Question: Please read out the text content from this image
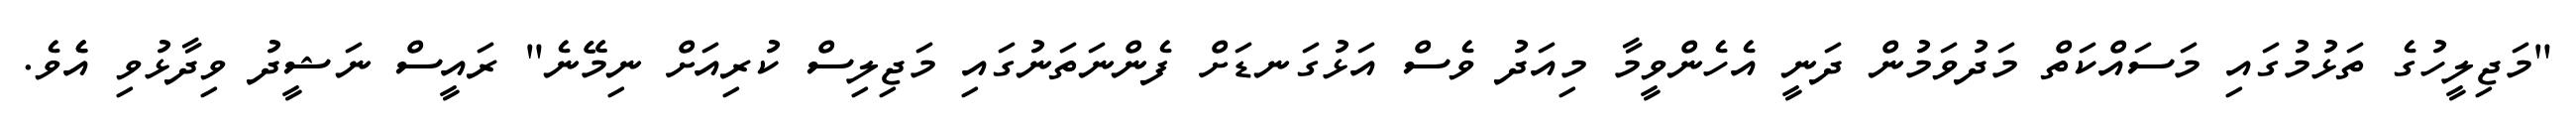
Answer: "މަޖިލީހުގެ ތަޅުމުގައި މަސައްކަތް މަދުވަމުން ދަނީ އެހެންވީމާ މިއަދު ވެސް އަޅުގަނޑަށް ފެންނަތަނުގައި މަޖިލިސް ކުރިއަށް ނިމޭނެ" ރައީސް ނަޝީދު ވިދާޅުވި އެެވެ.